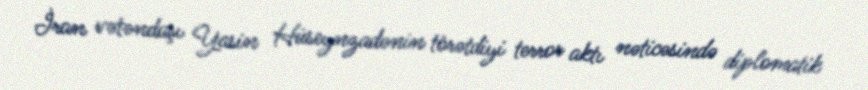
İran vətəndaşı Yasin Hüseynzadənin törətdiyi terror aktı nəticəsində diplomatik